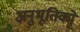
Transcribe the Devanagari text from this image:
अनुभूतिको